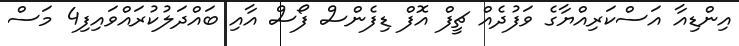
އިންޑިއާ އަސްކަރިއްޔާގެ ވަފުދެއް ޗީފް އޮފް ޑިފެންސް ފޯސް އާއި ބައްދަލުކުރައްވައިފި4 މަސް